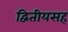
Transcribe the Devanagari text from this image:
द्वितीयसह